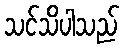
သင်သိပါသည်